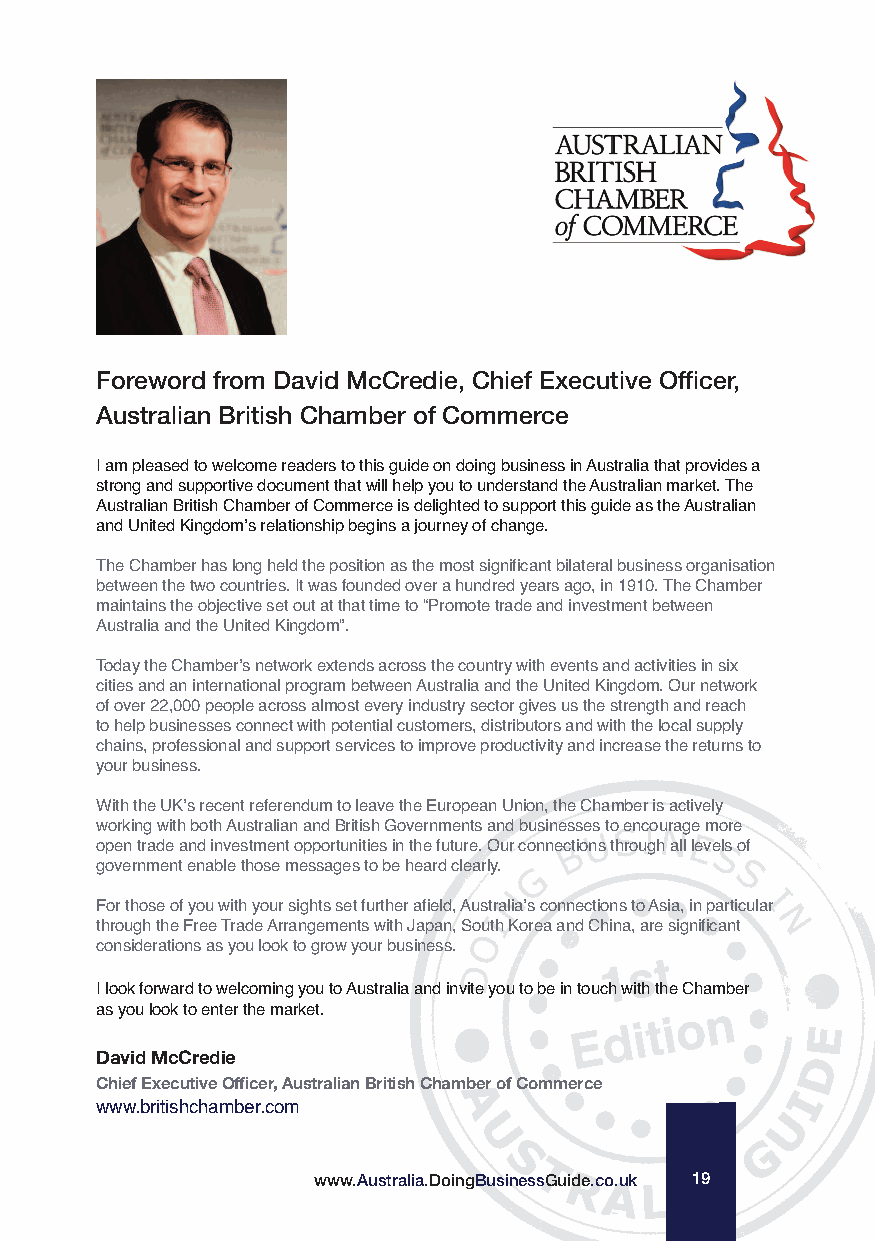
Foreword from David McCredie, Chief Executive Officer,
 Australian British Chamber of Commerce
 I am pleased to welcome readers to this guide on doing business in Australia that provides a
 strong and supportive document that will help you to understand the Australian market. The
 Australian British Chamber of Commerce is delighted to support this guide as the Australian
 and United Kingdom’s relationship begins a journey of change.
 The Chamber has long held the position as the most significant bilateral business organisation
 between the two countries. It was founded over a hundred years ago, in 1910. The Chamber
 maintains the objective set out at that time to “Promote trade and investment between
 Australia and the United Kingdom”.
 Today the Chamber’s network extends across the country with events and activities in six
 cities and an international program between Australia and the United Kingdom. Our network
 of over 22,000 people across almost every industry sector gives us the strength and reach
 to help businesses connect with potential customers, distributors and with the local supply
 chains, professional and support services to improve productivity and increase the returns to
 your business.
 With the UK’s recent referendum to leave the European Union, the Chamber is actively
 working with both Australian and British Governments and businesses to encourage more
 open trade and investment opportunities in the future. Our connections through all levels of
 government enable those messages to be heard clearly.
 For those of you with your sights set further afield, Australia’s connections to Asia, in particular
 through the Free Trade Arrangements with Japan, South Korea and China, are significant
 considerations as you look to grow your business.
 I look forward to welcoming you to Australia and invite you to be in touch with the Chamber
 as you look to enter the market.
 David McCredie
 Chief Executive Officer, Australian British Chamber of Commerce
 www.britishchamber.com
 www.Australia.DoingBusinessGuide.co.uk 19